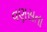
વણસતા